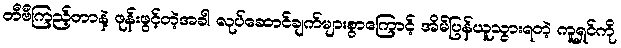
တီဗီကြည့်တာနဲ့ ဖုန်းဖွင့်တဲ့အခါ လုပ်ဆောင်ချက်များစွာကြောင့် အိမ်ပြန်ယူသွားရတဲ့ ကူရှင်ကို